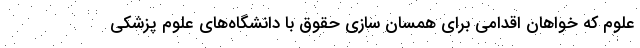
علوم که خواهان اقدامی برای همسان سازی حقوق با دانشگاه‌های علوم پزشکی